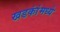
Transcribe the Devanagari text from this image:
खडकांंमध्ये